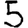
Digit: 5